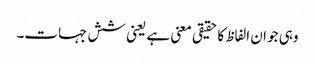
وہی جو ان الفاظ کا حقیقی معنی ہے یعنی شش جہات۔